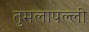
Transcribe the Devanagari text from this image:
तुमलापल्ली